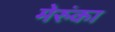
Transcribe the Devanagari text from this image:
मेरुंका